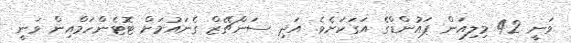
ވަނީ 42 މިލިއަން ޕައުންޑްގެ އަގަކަށެވެ. އަދި ސަންޗޭޒް ގެނައުމަށް ޓޮޓެންހަމްއިން ވަނީ